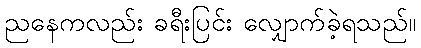
ညနေကလည်း ခရီးပြင်း လျှောက်ခဲ့ရသည်။